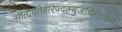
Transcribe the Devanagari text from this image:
सीतापतेर्हरिपदाम्बुजचिन्तकेन।